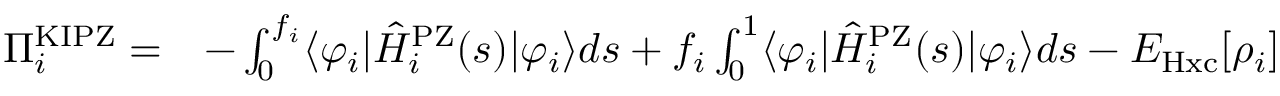
\begin{array} { r l } { \Pi _ { i } ^ { \mathrm { K I P Z } } = } & { - \int _ { 0 } ^ { f _ { i } } \langle \varphi _ { i } | \hat { H } _ { i } ^ { \mathrm { P Z } } ( s ) | \varphi _ { i } \rangle d s + f _ { i } \int _ { 0 } ^ { 1 } \langle \varphi _ { i } | \hat { H } _ { i } ^ { \mathrm { P Z } } ( s ) | \varphi _ { i } \rangle d s - E _ { \mathrm { H x c } } [ \rho _ { i } ] } \end{array}